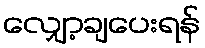
လျှော့ချပေးရန်